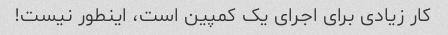
کار زیادی برای اجرای یک کمپین است، اینطور نیست!